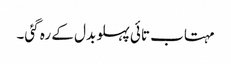
مہتاب تائی پہلو بدل کے رہ گئی۔